Medical and sanitary report of the native army of Madras for the year
Year: 1875
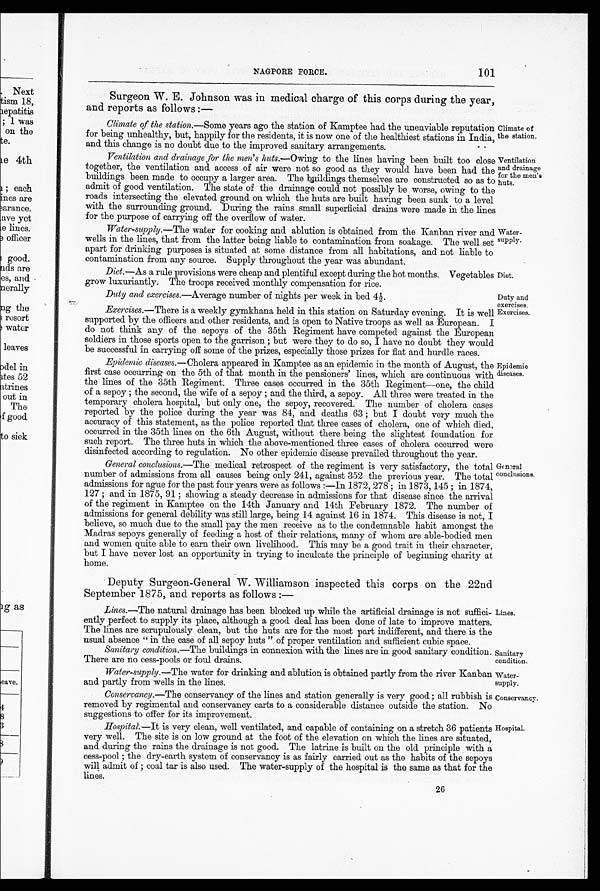
Diet.
Duty and
exercises.
Exercises.
Sanitary
condition.
Water-
supply.
NAGPORE FORCE.
101
Surgeon W. E. Johnson was in medical charge of this corps during the year,
and reports as follows :—
Climate of the station .—Some years ago the station of Kamptee had the unenviable reputation
for being unhealthy, but, happily for the residents, it is now one of the healthiest stations in India,
and this change is no doubt due to the improved sanitary arrangements.
Ventilation and drainage for the men's huts .—Owing to the lines having been built too close
together, the ventilation and access of air were not so good as they would have been had the
buildings been made to occupy a larger area. The buildings themselves are constructed so as to
admit of good ventilation. The state of the drainage could not possibly be worse, owing to the
roads intersecting the elevated ground on which the huts are built having been sunk to a level
with the surrounding ground. During the rains small superficial drains were made in the lines
for the purpose of carrying off the overflow of water.
Climate of
the station.
Ventilation
and drainage
for the men's
huts.
Water-supply .—The water for cooking and ablution is obtained from the Kanban river and
wells in the lines, that from the latter being liable to contamination from soakage. The well set
apart for drinking purposes is situated at some distance from all habitations, and not liable to
contamination from any source. Supply throughout the year was abundant.
Diet.—As a rule provisions were cheap and plentiful except during the hot months. Vegetables
grow luxuriantly. The troops received monthly compensation for rice.
Duty and exercises .—Average number of nights per week in bed 4½.
Exercises .—There is a weekly gymkhana held in this station on Saturday evening. It is well
supported by the officers and other residents, and is open to Native troops as well as European.
I
do not think any of the sepoys of the 35th Regiment have competed against the European
soldiers in those sports open to the garrison; but were they to do so, I have no doubt they would
be successful in carrying off some of the prizes, especially those prizes for flat and hurdle races.
Epidemic diseases .—Cholera appeared in Kamptee as an epidemic in the month of August, the
first case occurring on the 5th of that month in the pensioners' lines, which are continuous with
the lines of the 35th Regiment. Three cases occurred in the 35th Regiment—one, the child
of a sepoy; the second, the wife of a sepoy; and the third, a sepoy. All three were treated in the
temporary cholera hospital, but only one, the sepoy, recovered. The number of cholera cases
reported by the police during the year was 84, and deaths 63; but I doubt very much the
accuracy of this statement, as the police reported that three cases of cholera, one of which died,
occurred in the 35th lines on the 6th August, without there being the slightest foundation for
such report. The three huts in which the above-mentioned three cases of cholera occurred were
disinfected according to regulation. No other epidemic disease prevailed throughout the year.
General conclusions .—The medical retrospect of the regiment is very satisfactory, the total
number of admissions from all causes being only 241, against 352 the previous year. The total
admissions for ague for the past four years were as follows:— In 1872, 278; in 1873, 145; in 1874,
127; and in 1875, 91; showing a steady decrease in admissions for that disease since the arrival
of the regiment in Kamptee on the 14th January and 14th February 1872. The number of
admissions for general debility was still large, being 14. against 16 in 1874. This disease is not, I
believe, so much due to the small pay the men receive as to the condemnable habit amongst the
Madras sepoys generally of feeding a host of their relations, many of whom are able-bodied men
and women quite able to earn their own livelihood. This may be a good trait in their character,
but I have never lost an opportunity in trying to inculcate the principle of beginning charity at
home.
Deputy Surgeon-General W. Williamson inspected this corps on the 22nd
September 1875, and reports as follows :—
Lines.—The natural drainage has been blocked up while the artificial drainage is not suffici
- e n t l y p e r f e c t t o s u p p l y i t s p l a c e , a l t h o u g h a g o o d . d e a l h a s b e e n d o n e o f l a t e t o i m p r o v e m a t t e r s .
The lines are scrupulously clean, but the huts are for the most part indifferent, and there is the
usual absence "in the case of all sepoy huts" of proper ventilation and sufficient cubic space.
Sanitary condition .—The buildings in connexion with the lines are in good sanitary condition.
There are no cess-pools or foul drains.
Water-supply .—The water for drinking and ablution is obtained partly from the river Kanban
and partly from wells in the lines.
Water-
supply.
Epidemic
diseases.
General
conclusions.
Lines.
Conservancy .—The conservancy of the lines and station generally is very good; all rubbish is
removed by regimental and conservancy carts to a considerable distance outside the station. No
suggestions to offer for its improvement.
Hospital.—It is very clean, well ventilated, and capable of containing on a stretch 36 patients
very well. The site is on low ground at the foot of the elevation on which the lines are situated,
and during the rains the drainage is not good. The latrine is built on the old principle with a
cess-pool; the dry-earth system of conservancy is as fairly carried out as the habits of the sepoys
will admit of; coal tar is also used. The water-supply of the hospital is the same as that for the
lines.
Conservancy.
Hospital.
26